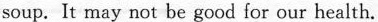
soup. It may not be good for our health.